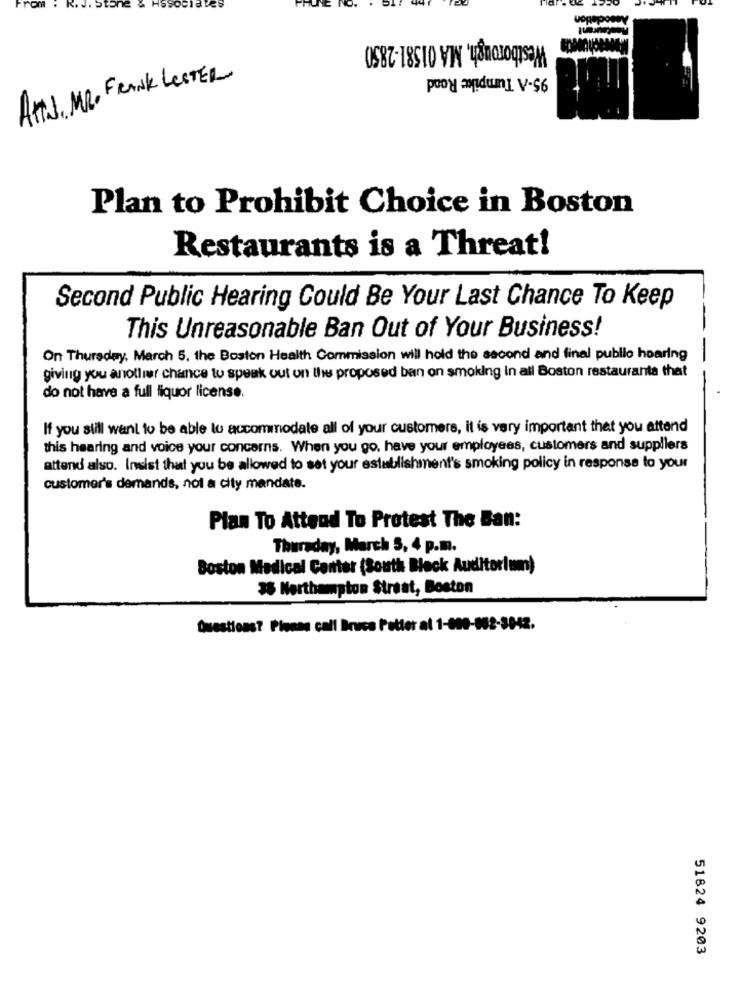
Pom
R.J. Stone
& Hssociales
Westborough, MA 01581-2850
95-A Tumpike Rond
Arts, MR. FRANK LesTER
Plan to Prohibit Choice in Boston
Restaurants is a Threat!
Second Public Hearing Could Be Your Last Chance To Keep
This Unreasonable Ban Out of Your Business!
On Thursday, March 5, the Boston Health Commission will hold the second and final publio hoaring
giving you another chance to speak out on the proposed ban on smoking in all Boston restaurante that
do not have a full liquor license.
If you still want to be able to accommodate all of your customers, it is very important that you attend
this hearing and voice your concerns. When you go. have your employees, customers and suppliers
attend also. Insist that you be allowed to set your establishment's smoking policy in response to your
customer's demands, nol a city mandate.
Plan To Attend To Protest The Ban:
Thursday, March 5, 4 p.m.
Boston Medical Center (South Block Auditorium)
35 Northampton Straat, Boston
Questions? Please call Bruce Potter al 1-000-902-3042.
51824 9203